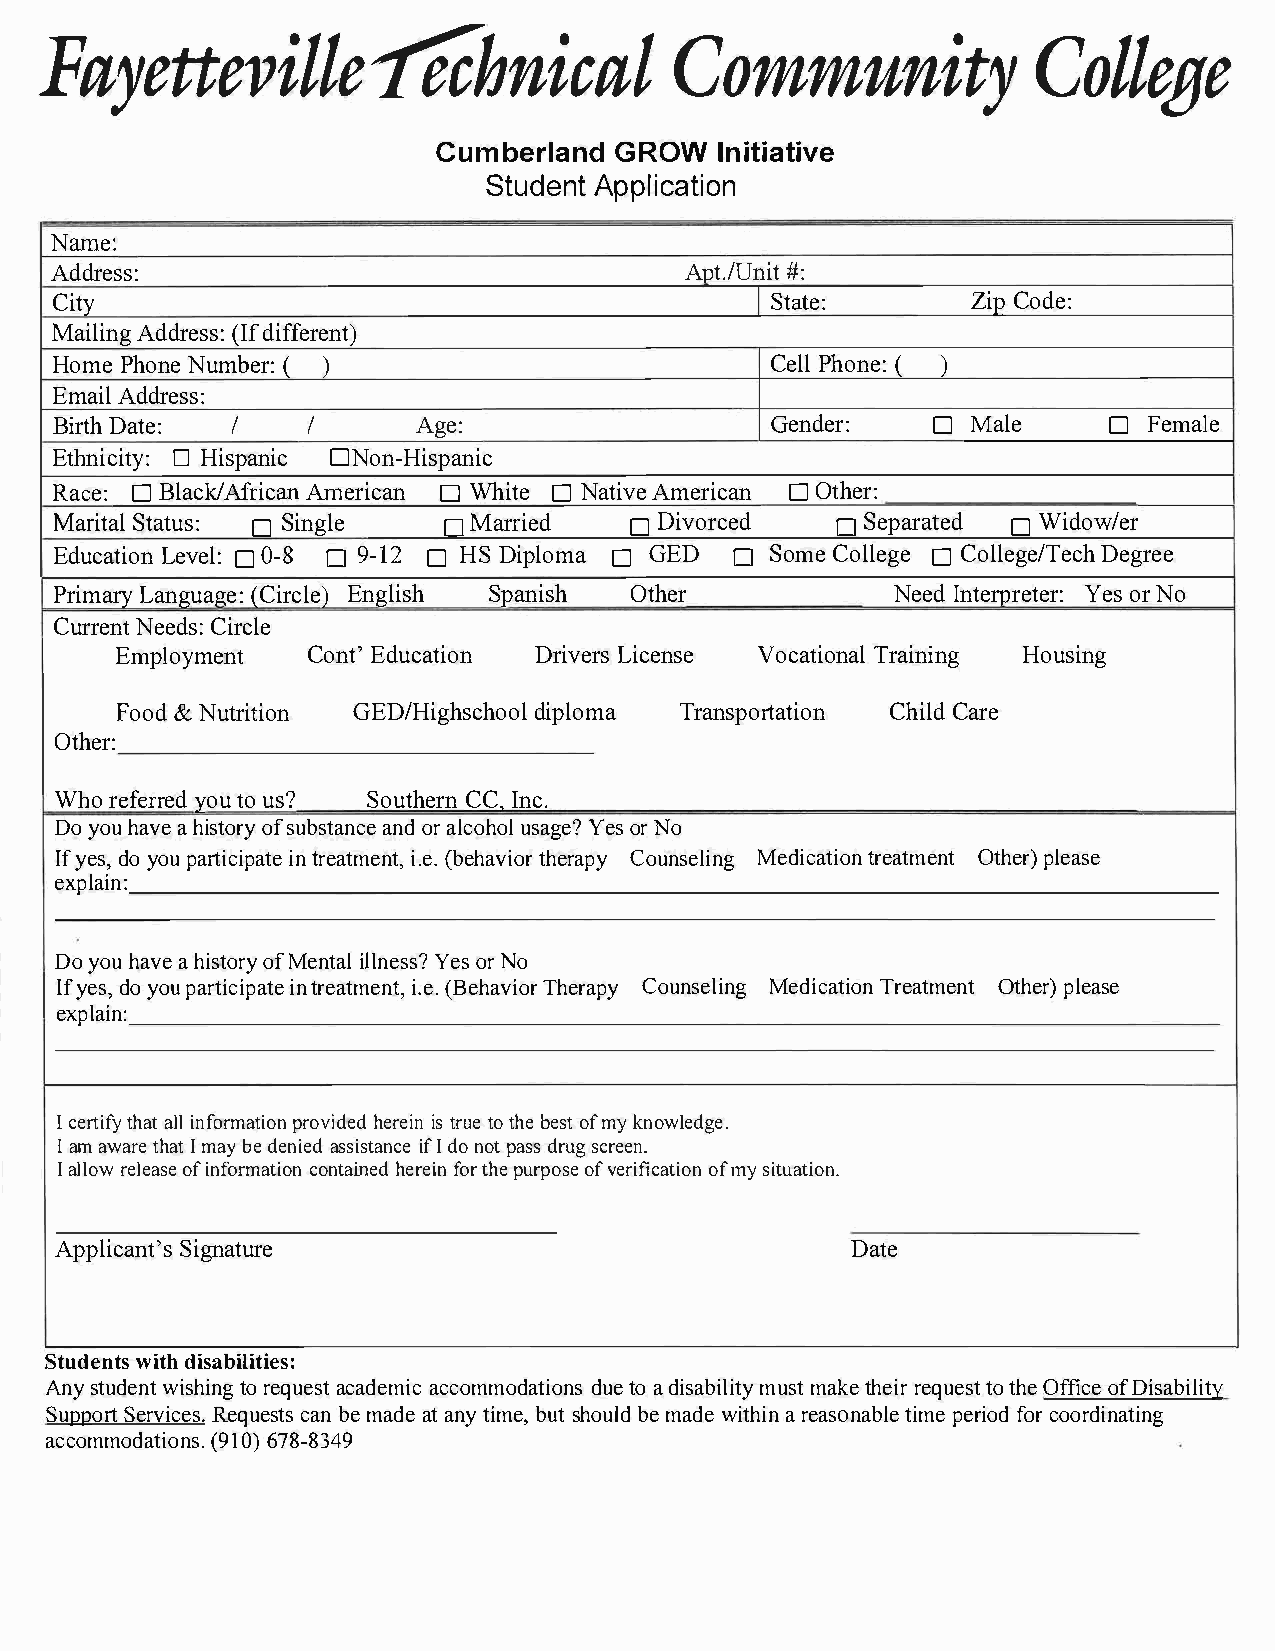
FayettevCiolmlmeuCollegefecn                                                 hintiyc                al
 CumberlGaRnOdW     I nitiative
 StudAepnptl    ication
 Name:
 Address:                                  Apt./#U:n   it
 City                                            State:       ZiCpo de:
 MailAidndgr (eIsdfsi :ff erent)
 HomPeh  oNnuem b(e r:                           CePlhlo n(e ):
 )
 EmaAidld  ress:
 □          □
 Birth     DaIt e:I       Age:                   Gender:      Male        Female
 □          □
 EthnicHiitsyp:a   niNco n-Hispanic
 □                           □              □
 Race:B   laAcfrki/cA anm ericDa Wnh iteN atAimveer icaOnt her:
 MariSttaalt
 u□
 sS: i ngle
 □
 M
 arried□
 D
 ivorced□    Separa□tWeiddow/er
 Educatio□    n0 -L8□ e v9 e-l1□ :2 H SD iplo□ mGa E D □ S omCeo ll□ egC eo llegDee/gTreeceh
 Primary      LangEunagglei:s Sh(p CainricsOlhte h)e r  NeeIdn terpYreeostrN e or :
 CurrNeenetCd isr: cle
 EmploymeCnotn    Etd'u catiDorni vLeircse nsVeo cational    HToruasiinnign g
 Foo&dN utritiGoEnD  /HighdsicphlooomTlar ansportCahtiCilaodrn e
 Other:
 Whor eferyroetudou s?         n c .  Southern       CC,   I
 Doy ohuva eah istoosfru yb satnadorn al cceool hu saYgeeosr?N o
 If ye sd,oy o puartiictnrei aptatmit,e.e (ne b.e htahveiy roCaroupn selMienicdga ttiromenea ntOtt ehrp)l ease
 explain:
 Doy ohua vhei saot Mfoe rnyit lallYn eeossNr so ?
 Iyfe dsoy, o pua rtiitcnri epaattme(e Bneth,Ta hviei.roeCar.op uyn seMleidnigcT arteiaotnOm tehnpetlr e)a se
 explain:
 Ic ertthiafityn foarlmlpa rtoivohined reiedtsi r ntu ote h bee osfmt y k nowledge.
 Ia ma watrheIam ta bye d eniaesds isitIfda onn ocptea dsrsu sgc reen.
 Ia llroewl eofai snef ormcaotnitoani nfeodr p huterhrpeeoo ifvsn ee r ifoifmc yas tiitouna tion.
 AppliSciangtn'ast ure                               Date
 Studweinttdhsi sabilities:
 Ansyt uwdiesnhttiro ne gqa uceasdtae cmciocm moddutaeaot d iiosnasmb uismltai kttehy re eiqrtu toeh sOetffi coeDf i sability
 SuppSoerrtvR iecqeusce.asb ntem s a daeat n tyi mbeus,th obueml addw ei tahr iena sotniapmbeelr foeirc o odo rdinating
 accommo(d9a16t07i)8o -n8s3.4 9